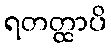
ရတတ္ထာပိ